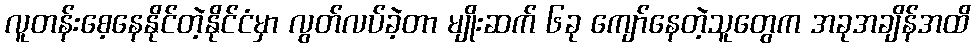
လူတန်းစေ့နေနိုင်တဲ့နိုင်ငံမှာ လွတ်လပ်ခဲ့တာ မျိုးဆက် ၆ခု ကျော်နေတဲ့သူတွေက အခုအချိန်အထိ